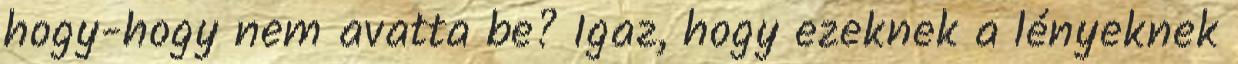
hogy-hogy nem avatta be? Igaz, hogy ezeknek a lényeknek